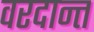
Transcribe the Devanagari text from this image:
वरदान्त